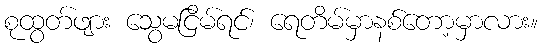
စုထွတ်ဖျား သွေမငြိမ်ရင်၊ ရေတိမ်မှာနစ်တော့မှာလား။